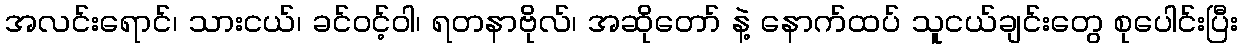
အလင်းရောင်၊ သားငယ်၊ ခင်ဝင့်ဝါ၊ ရတနာဗိုလ်၊ အဆိုတော် နဲ့ နောက်ထပ် သူငယ်ချင်းတွေ စုပေါင်းပြီး